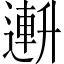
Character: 𫧧